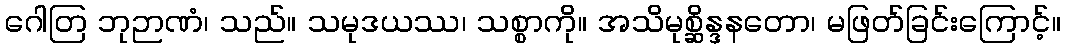
ဂေါတြ ဘုဉာဏံ၊ သည်။ သမုဒယဿ၊ သစ္စာကို။ အသိမုစ္ဆိန္ဒနတော၊ မဖြတ်ခြင်းကြောင့်။